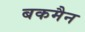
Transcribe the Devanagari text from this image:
बकमैन